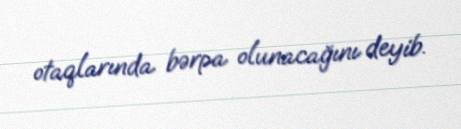
otaqlarında bərpa olunacağını deyib.